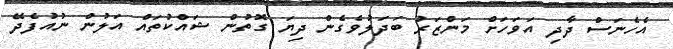
އެހެނަސް ދާދި އަވަހަށް މަންޒަރު ބަދަލުވެގެން ދިޔަ ގޮތުން ޝައްކުތައް އަލުން ނުއުފެދޭ